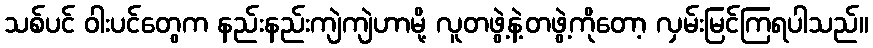
သစ်ပင် ဝါးပင်တွေက နည်းနည်းကျဲကျဲဟာမို့ လူတဖွဲ့နဲ့တဖွဲ့ကိုတော့ လှမ်းမြင်ကြရပါသည်။